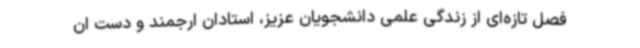
فصل تازه‌ای از زندگی علمی دانشجویان عزیز، استادان ارجمند و دست ان